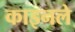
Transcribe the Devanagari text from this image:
काइनले